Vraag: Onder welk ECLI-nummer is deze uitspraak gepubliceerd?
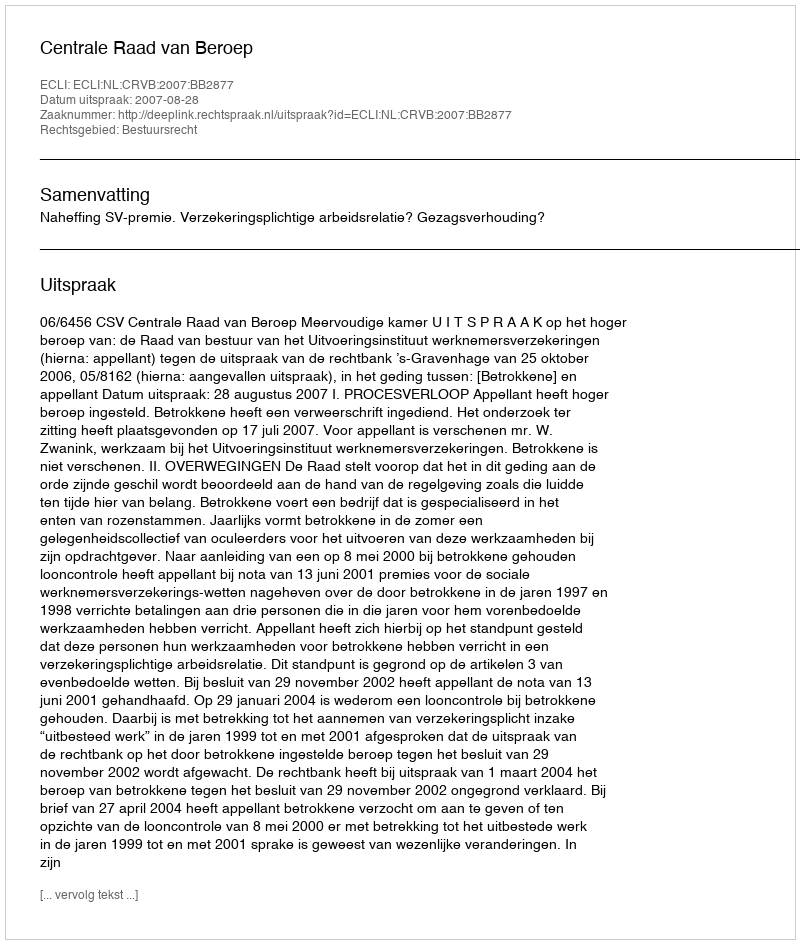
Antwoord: ECLI:NL:CRVB:2007:BB2877